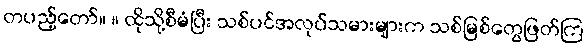
တပည့်တော်။ ။ ထိုသို့စီမံပြီး သစ်ပင်အလုပ်သမားများက သစ်မြစ်တွေဖြတ်ကြ